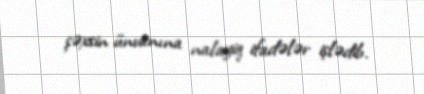
şəxsin ünvanına nalayiq ifadələr işlədib.